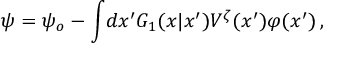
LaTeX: \psi = \psi _ { o } - \int \! d x ^ { \prime } { \cal G } _ { 1 } ( x | x ^ { \prime } ) V ^ { \zeta } ( x ^ { \prime } ) \varphi ( x ^ { \prime } ) \, ,